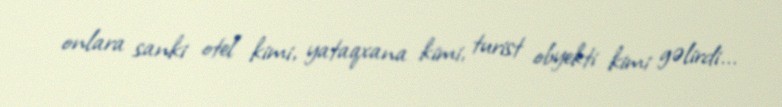
onlara sanki otel kimi, yataqxana kimi, turist obyekti kimi gəlirdi...